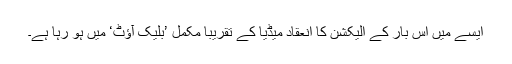
ایسے میں اس بار کے الیکشن کا انعقاد میڈیا کے تقریباً مکمل ’بلیک آؤٹ‘ میں ہو رہا ہے۔